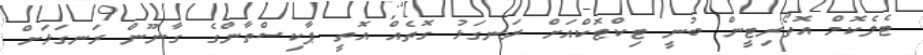
ޓެލެކޮމް އޮތޯރިޓީން ބުނީ ޓިކްޓޮކްއަށް ރަނގަޅު ގޮތެއް އޮތީ ޕާކިސްތާންގެ ގާނޫން ރަނގަޅަށް